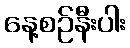
နေ့စဉ်နီးပါး